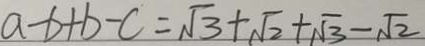
a - b + b - c = \sqrt { 3 } + \sqrt { 2 } + \sqrt { 3 } - \sqrt { 2 }